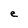
Character: e